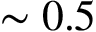
\sim 0 . 5